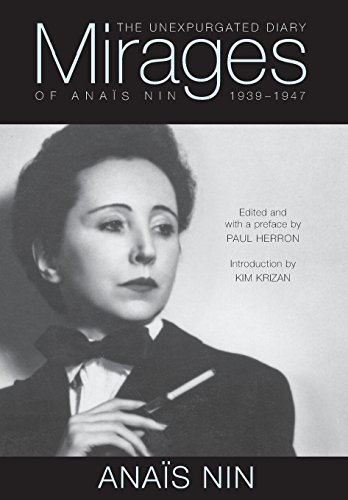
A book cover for Mirages: The Unexpurgated Diary of AnaÃ¯s Nin, 1939EE1947; Anais Nin; Literature & Fiction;